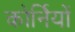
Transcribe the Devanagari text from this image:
कोर्नियों